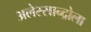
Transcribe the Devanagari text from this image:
अलेस्सान्द्रोला